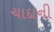
ચાદાની